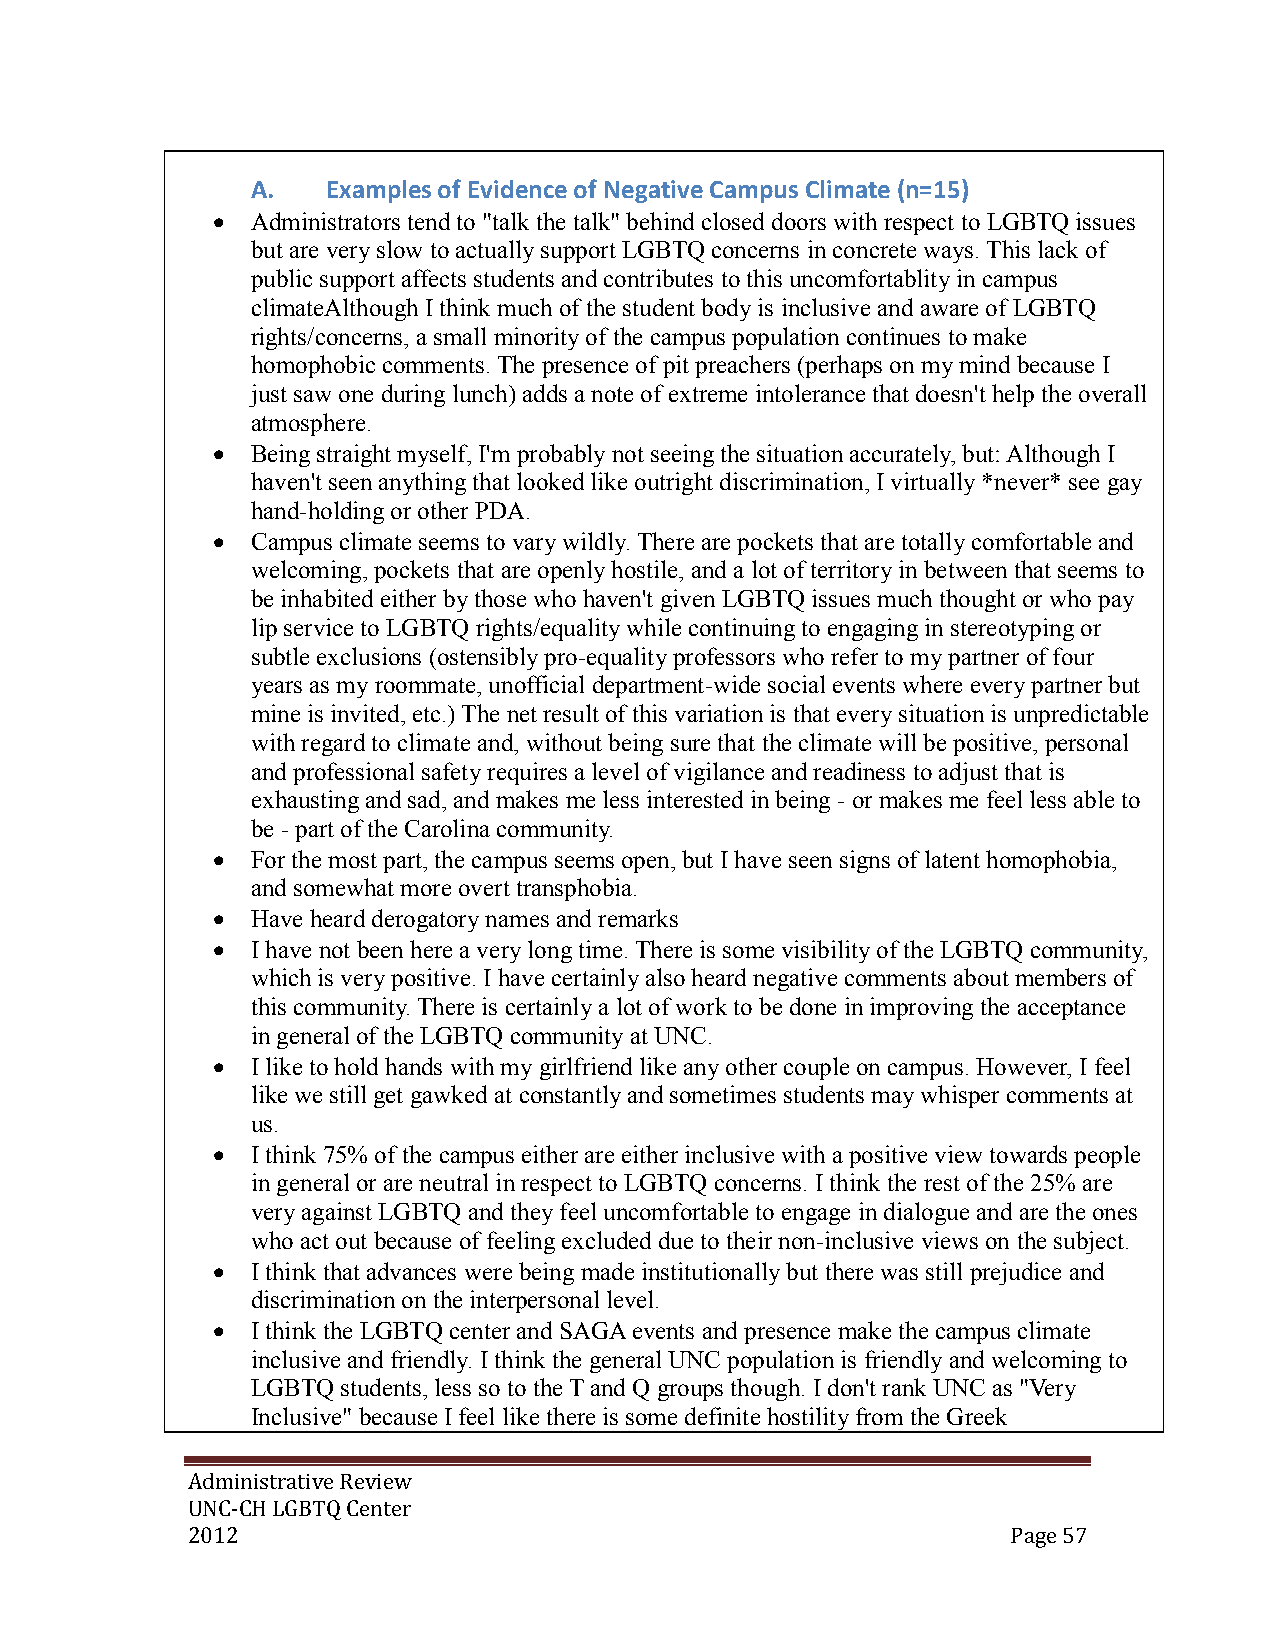
A.   Examples of Evidence of Negative Campus Climate (n=15)
   Administrators tend to "talk the talk" behind closed doors with respect to LGBTQ issues
 but are very slow to actually support LGBTQ concerns in concrete ways. This lack of
 public support affects students and contributes to this uncomfortablity in campus
 climateAlthough I think much of the student body is inclusive and aware of LGBTQ
 rights/concerns, a small minority of the campus population continues to make
 homophobic comments. The presence of pit preachers (perhaps on my mind because I
 just saw one during lunch) adds a note of extreme intolerance that doesn't help the overall
 atmosphere.
   Being straight myself, I'm probably not seeing the situation accurately, but: Although I
 haven't seen anything that looked like outright discrimination, I virtually *never* see gay
 hand-holding or other PDA.
   Campus climate seems to vary wildly. There are pockets that are totally comfortable and
 welcoming, pockets that are openly hostile, and a lot of territory in between that seems to
 be inhabited either by those who haven't given LGBTQ issues much thought or who pay
 lip service to LGBTQ rights/equality while continuing to engaging in stereotyping or
 subtle exclusions (ostensibly pro-equality professors who refer to my partner of four
 years as my roommate, unofficial department-wide social events where every partner but
 mine is invited, etc.) The net result of this variation is that every situation is unpredictable
 with regard to climate and, without being sure that the climate will be positive, personal
 and professional safety requires a level of vigilance and readiness to adjust that is
 exhausting and sad, and makes me less interested in being - or makes me feel less able to
 be - part of the Carolina community.
   For the most part, the campus seems open, but I have seen signs of latent homophobia,
 and somewhat more overt transphobia.
   Have heard derogatory names and remarks
   I have not been here a very long time. There is some visibility of the LGBTQ community,
 which is very positive. I have certainly also heard negative comments about members of
 this community. There is certainly a lot of work to be done in improving the acceptance
 in general of the LGBTQ community at UNC.
   I like to hold hands with my girlfriend like any other couple on campus. However, I feel
 like we still get gawked at constantly and sometimes students may whisper comments at
 us.
   I think 75% of the campus either are either inclusive with a positive view towards people
 in general or are neutral in respect to LGBTQ concerns. I think the rest of the 25% are
 very against LGBTQ and they feel uncomfortable to engage in dialogue and are the ones
 who act out because of feeling excluded due to their non-inclusive views on the subject.
   I think that advances were being made institutionally but there was still prejudice and
 discrimination on the interpersonal level.
   I think the LGBTQ center and SAGA events and presence make the campus climate
 inclusive and friendly. I think the general UNC population is friendly and welcoming to
 LGBTQ students, less so to the T and Q groups though. I don't rank UNC as "Very
 Inclusive" because I feel like there is some definite hostility from the Greek
 Administrative Review
 UNC-CH LGBTQ Center
 2012                                                   Page 57